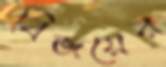
বিজয়ের